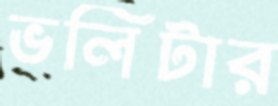
ভলিটার